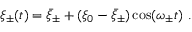
\xi _ { \pm } ( t ) = \bar { \xi } _ { \pm } + ( \xi _ { 0 } - \bar { \xi } _ { \pm } ) \cos ( \omega _ { \pm } t ) \ .